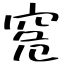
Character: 𥥠